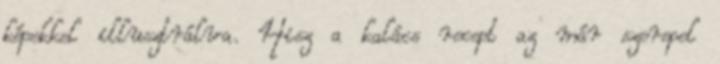
képekkel illusztrálva. Hisz a kalács recept az már szerepel